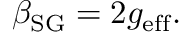
\beta _ { \mathrm { S G } } = 2 g _ { \mathrm { e f f } } .